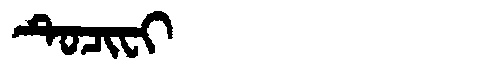
Manchu: ᡨᡠᠴᡳᠸᡳ
Romanization: TUCIFI